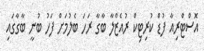
އޮސްޓްރިއާ ފުޑް ކުރިޓިކް ރުއެޒްލާ ބާގާ ރަހަ ބެލުމަށް ފަހު ބުނީ ބާގާގައި